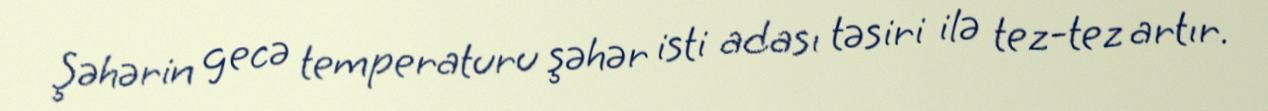
Şəhərin gecə temperaturu şəhər isti adası təsiri ilə tez-tez artır.